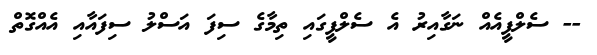
-- ސެލްފީއެއް ނަގާއިރު އެ ސެލްފީގައި ތިމާގެ ސިފަ އަސްލު ސިފައާއި އެއްގޮތް